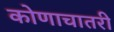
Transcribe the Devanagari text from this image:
कोणाचातरी